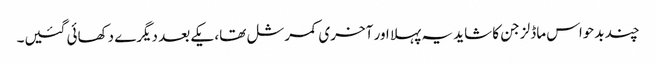
چند بدحواس ماڈلز جن کا شاید یہ پہلا اور آخری کمرشل تھا، یکے بعد دیگرے دکھائی گئیں۔